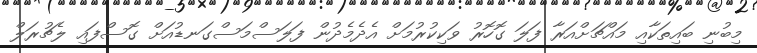
މިބުނި ބައިތަކާއި މައްޗަށްއަރާ ފަލަ ގޮހޮރު ވަކިކުރުމަށް އެދެމެދުން ފަލަސްމަސްގަނޑުއަށް ގޮސްފައި ލެޗުރަލް